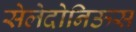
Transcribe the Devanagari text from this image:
सेलेदोनिऊस